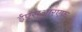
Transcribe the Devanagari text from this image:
ईएसआरएफ